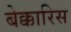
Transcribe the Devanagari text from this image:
बेक्कारिस